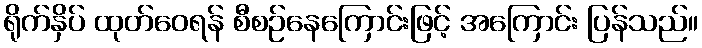
ရိုက်နှိပ် ထုတ်ဝေရန် စီစဉ်နေကြောင်းဖြင့် အကြောင်း ပြန်သည်။